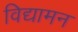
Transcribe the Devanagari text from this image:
विद्यामन